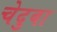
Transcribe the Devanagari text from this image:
चेदुबा